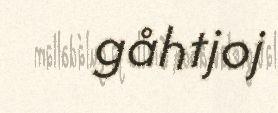
gåhtjoj